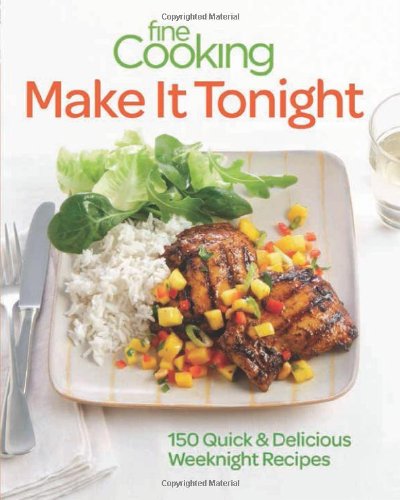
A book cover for Fine Cooking Make It Tonight: 150 Quick & Delicious Weeknight Recipes; Editors of Fine Cooking; Cookbooks, Food & Wine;